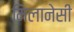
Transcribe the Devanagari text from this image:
मिलानेसी